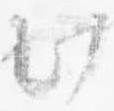
此